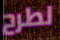
لطرح